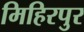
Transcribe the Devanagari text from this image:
मिहिरपुर